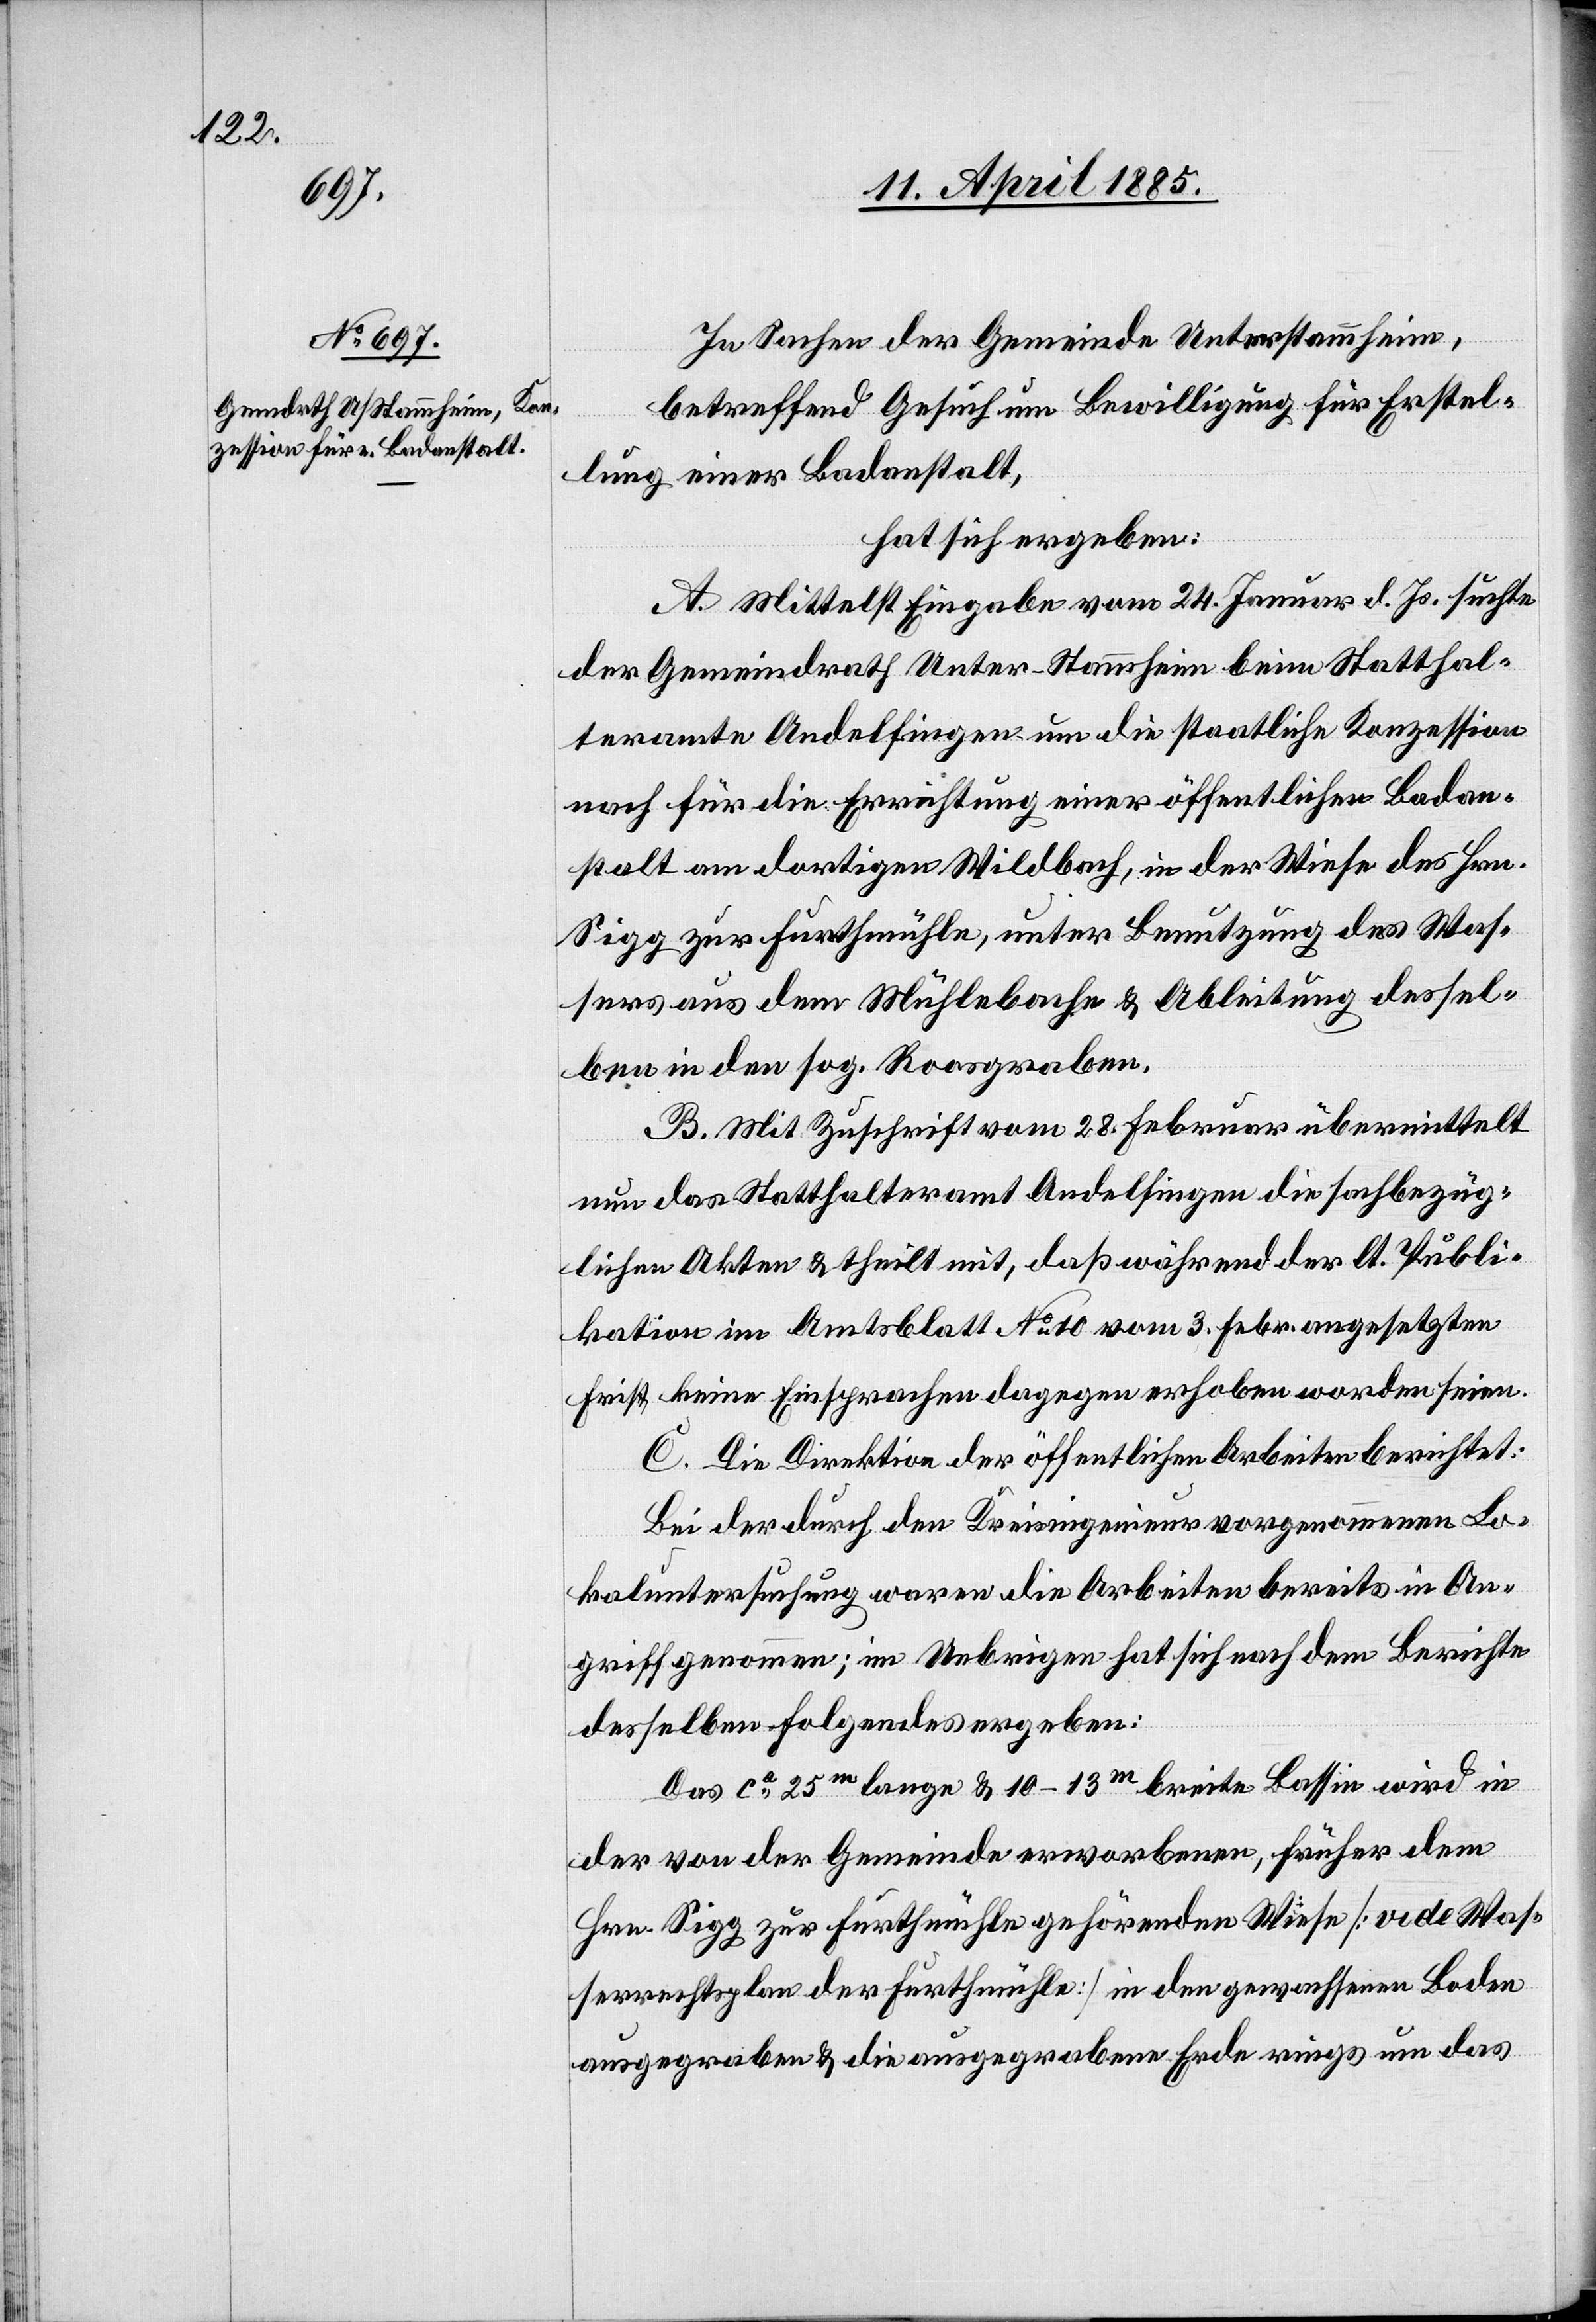
In Sachen der Gemeinde Unterstammheim,
betreffend Gesuch um Bewilligung für Erstel¬
lung einer Badanstalt,
hat sich ergeben:
A. Mittelst Eingabe vom 24. Januar d. Js. suchte
der Gemeindrath Unter-Stammheim beim statthal¬
teramte Andelfingen um die staatliche Konzession
nach für die Errichtung einer öffentlichen Badan¬
stalt am dortigen Wildbach, in der Wiese des Hrn.
Sigg zur Furthmühle, unter Benutzung des Was¬
sers aus dem Mühlebache & Ableitung dessel¬
ben in den sog. Rossgraben.
B. Mit Zuschrift vom 28. Februar übermittelt
nun das Statthalteramt Andelfingen die sachbezüg¬
lichen Akten & theilt mit, daß während der lt. Publi¬
kation im Amtsblatt No 10 vom 3. Febr. angesetzten
Frist keine Einsprachen dagegen erhoben worden seien.
C. Die Direktion der öffentlichen Arbeiten berichtet:
Bei der durch den Kreisingenieur vorgenommenen Lo¬
kaluntersuchung waren die Arbeiten bereits in An¬
griff genommen; im Uebrigen hat sich nach dem Berichte
desselben folgendes ergeben:
Das ca 25 m lange & 10–13 m breite Bassin wird in
der von der Gemeinde erworbenen, früher dem
Hrn. Sigg zur Furthmühle gehörenden Wiese [vide Was¬
serrechtsplan der Furthmühle] in den gewachsenen Boden
ausgegraben & die ausgegrabene Erde rings um das